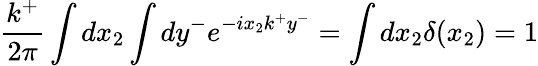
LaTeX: \frac{k^{+}}{2\pi}\int dx_{2}\int dy^{-}e^{-ix_{2}k^{+}y^{-}}=\int dx_{2}\delta(x_{2})=1